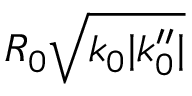
R _ { 0 } \sqrt { k _ { 0 } | k _ { 0 } ^ { \prime \prime } | }